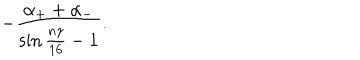
- \frac { \alpha _ { + } + \alpha _ { - } } { \sin { \frac { n \gamma } { 1 6 } } - 1 } .